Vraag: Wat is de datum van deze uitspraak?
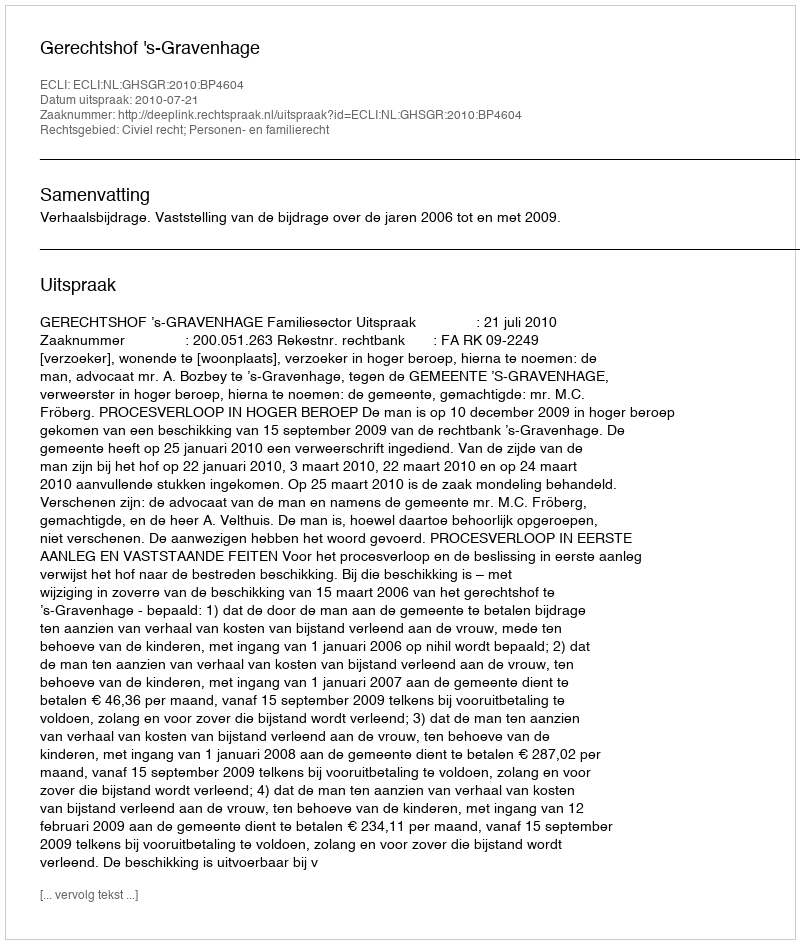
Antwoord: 2010-07-21